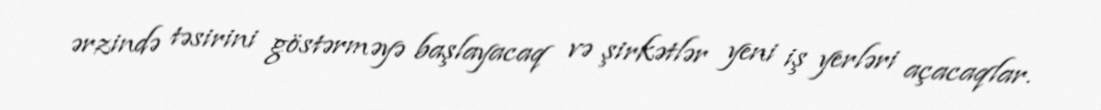
ərzində təsirini göstərməyə başlayacaq və şirkətlər yeni iş yerləri açacaqlar.